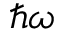
\hbar \omega